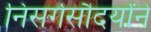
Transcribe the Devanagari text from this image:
निसर्गसौदर्यांने